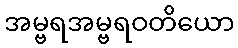
အမ္ဗရအမ္ဗရဝတိယော